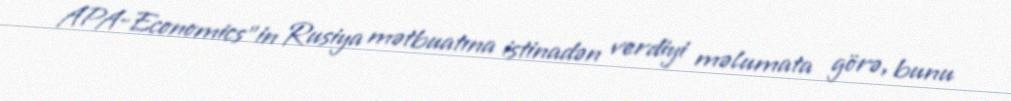
APA-Economics"in Rusiya mətbuatına istinadən verdiyi məlumata görə, bunu